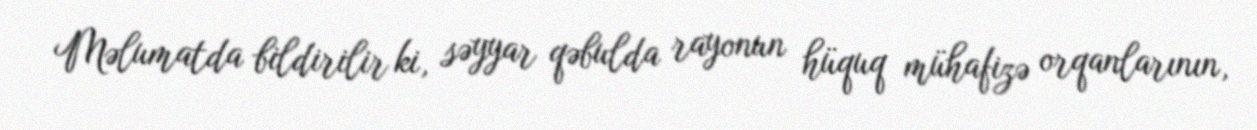
Məlumatda bildirilir ki, səyyar qəbulda rayonun hüquq mühafizə orqanlarının,